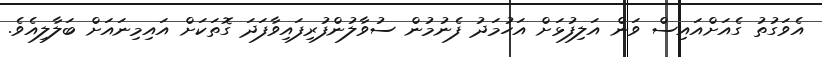
އެވަގުތު ގެއަށްއައިސް ވަން އަލިފުޅަށް އަހުމަދު ފެނުމުން ސުވާލުންފުރިފައިވާފަދަ ގޮތަކަށް އައިމިނައަށް ބަލާލިއެވެ.